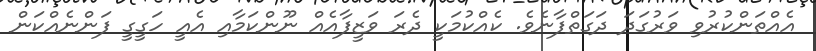
އެއްތަންކުރުވި ވަރުގަދަ ދަގަތްފާނެވެ. ކެއްކުމަކީ ދެރަ ވަޒީފާއެއް ނޫންކަމާއި އެއީ ހަގީގީ ފަންނެއްކަން